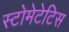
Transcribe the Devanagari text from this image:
स्टोमेटेटिस